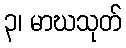
၃၊ မာဃသုတ်